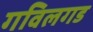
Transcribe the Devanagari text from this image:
गविलगड